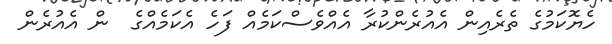
ހެޔޮކަމުގެ ތެރެއިން އެއުރެންކުރާ އެއްވެސްކަމެއް ފަހެ އެކަމެއްގެ  ން އެއުރެން